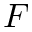
F